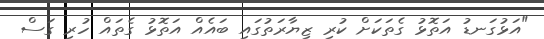
"އަޅުގަނޑު އަތޮޅު ގެތަކަށް ކުރި ޒިޔާރަތުގައި ބައެއް އަތޮޅު ގެތައް ހުރި ގަސް